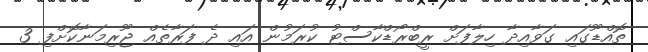
ތޮއްޑޫގައި ގަވާއިދާ ހިލާފަށް ރީބްރޯޑްކާސްޓު ކުރަމުން އައި ދެ ފަރާތެއް ޖޫރިމަނާކޮށްފި 3